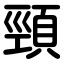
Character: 頸